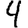
Digit: 4